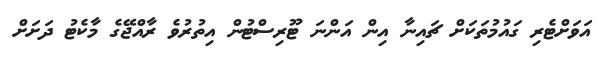
އަވަށްޓެރި ގައުމުތަކަށް ޗައިނާ އިން އަންނަ ޓޫރިސްޓުން އިތުރުވެ ރާއްޖޭގެ މާކެޓު ދަށަށް